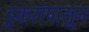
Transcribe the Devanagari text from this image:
डुकरांपासून